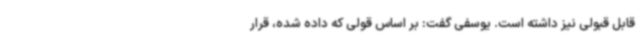
قابل قبولی نیز داشته است. یوسفی گفت: بر اساس قولی که داده شده، قرار